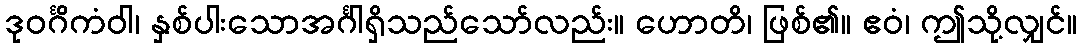
ဒုဝင်္ဂိကံဝါ၊ နှစ်ပါးသောအင်္ဂါရှိသည်သော်လည်း။ ဟောတိ၊ ဖြစ်၏။ ဧဝံ၊ ဤသို့လျှင်။